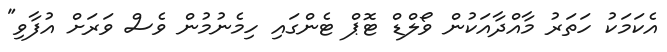
އެކަމަކު ހަތަރު މާއްދާއަކުން ވޯލްޑް ޓޮޕް ޓެންގައި ހިމެނުމުން ވެސް ވަރަށް އުފާވި"